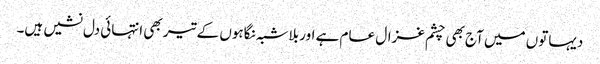
دیہاتوں میں آج بھی چشم غزال عام ہے اور بلاشبہ نگاہوں کے تیر بھی انتہائی دل نشیں ہیں۔